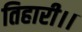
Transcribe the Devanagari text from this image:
तिहारी।।